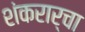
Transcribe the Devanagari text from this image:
शंकरार्चा